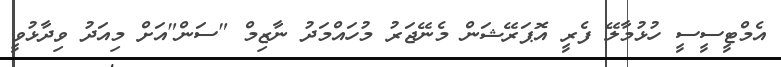
އެމްޓީސީސީ ހުޅުމާލޭ ފެރީ އޮޕަރޭޝަން މެނޭޖަރު މުހައްމަދު ނާޒިމް "ސަން"އަށް މިއަދު ވިދާޅުވީ